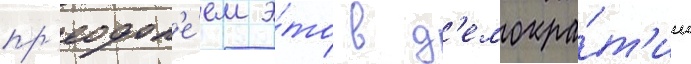
пр'еодол'е́ем э́то в д'емокра́т'ии